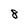
Character: 8